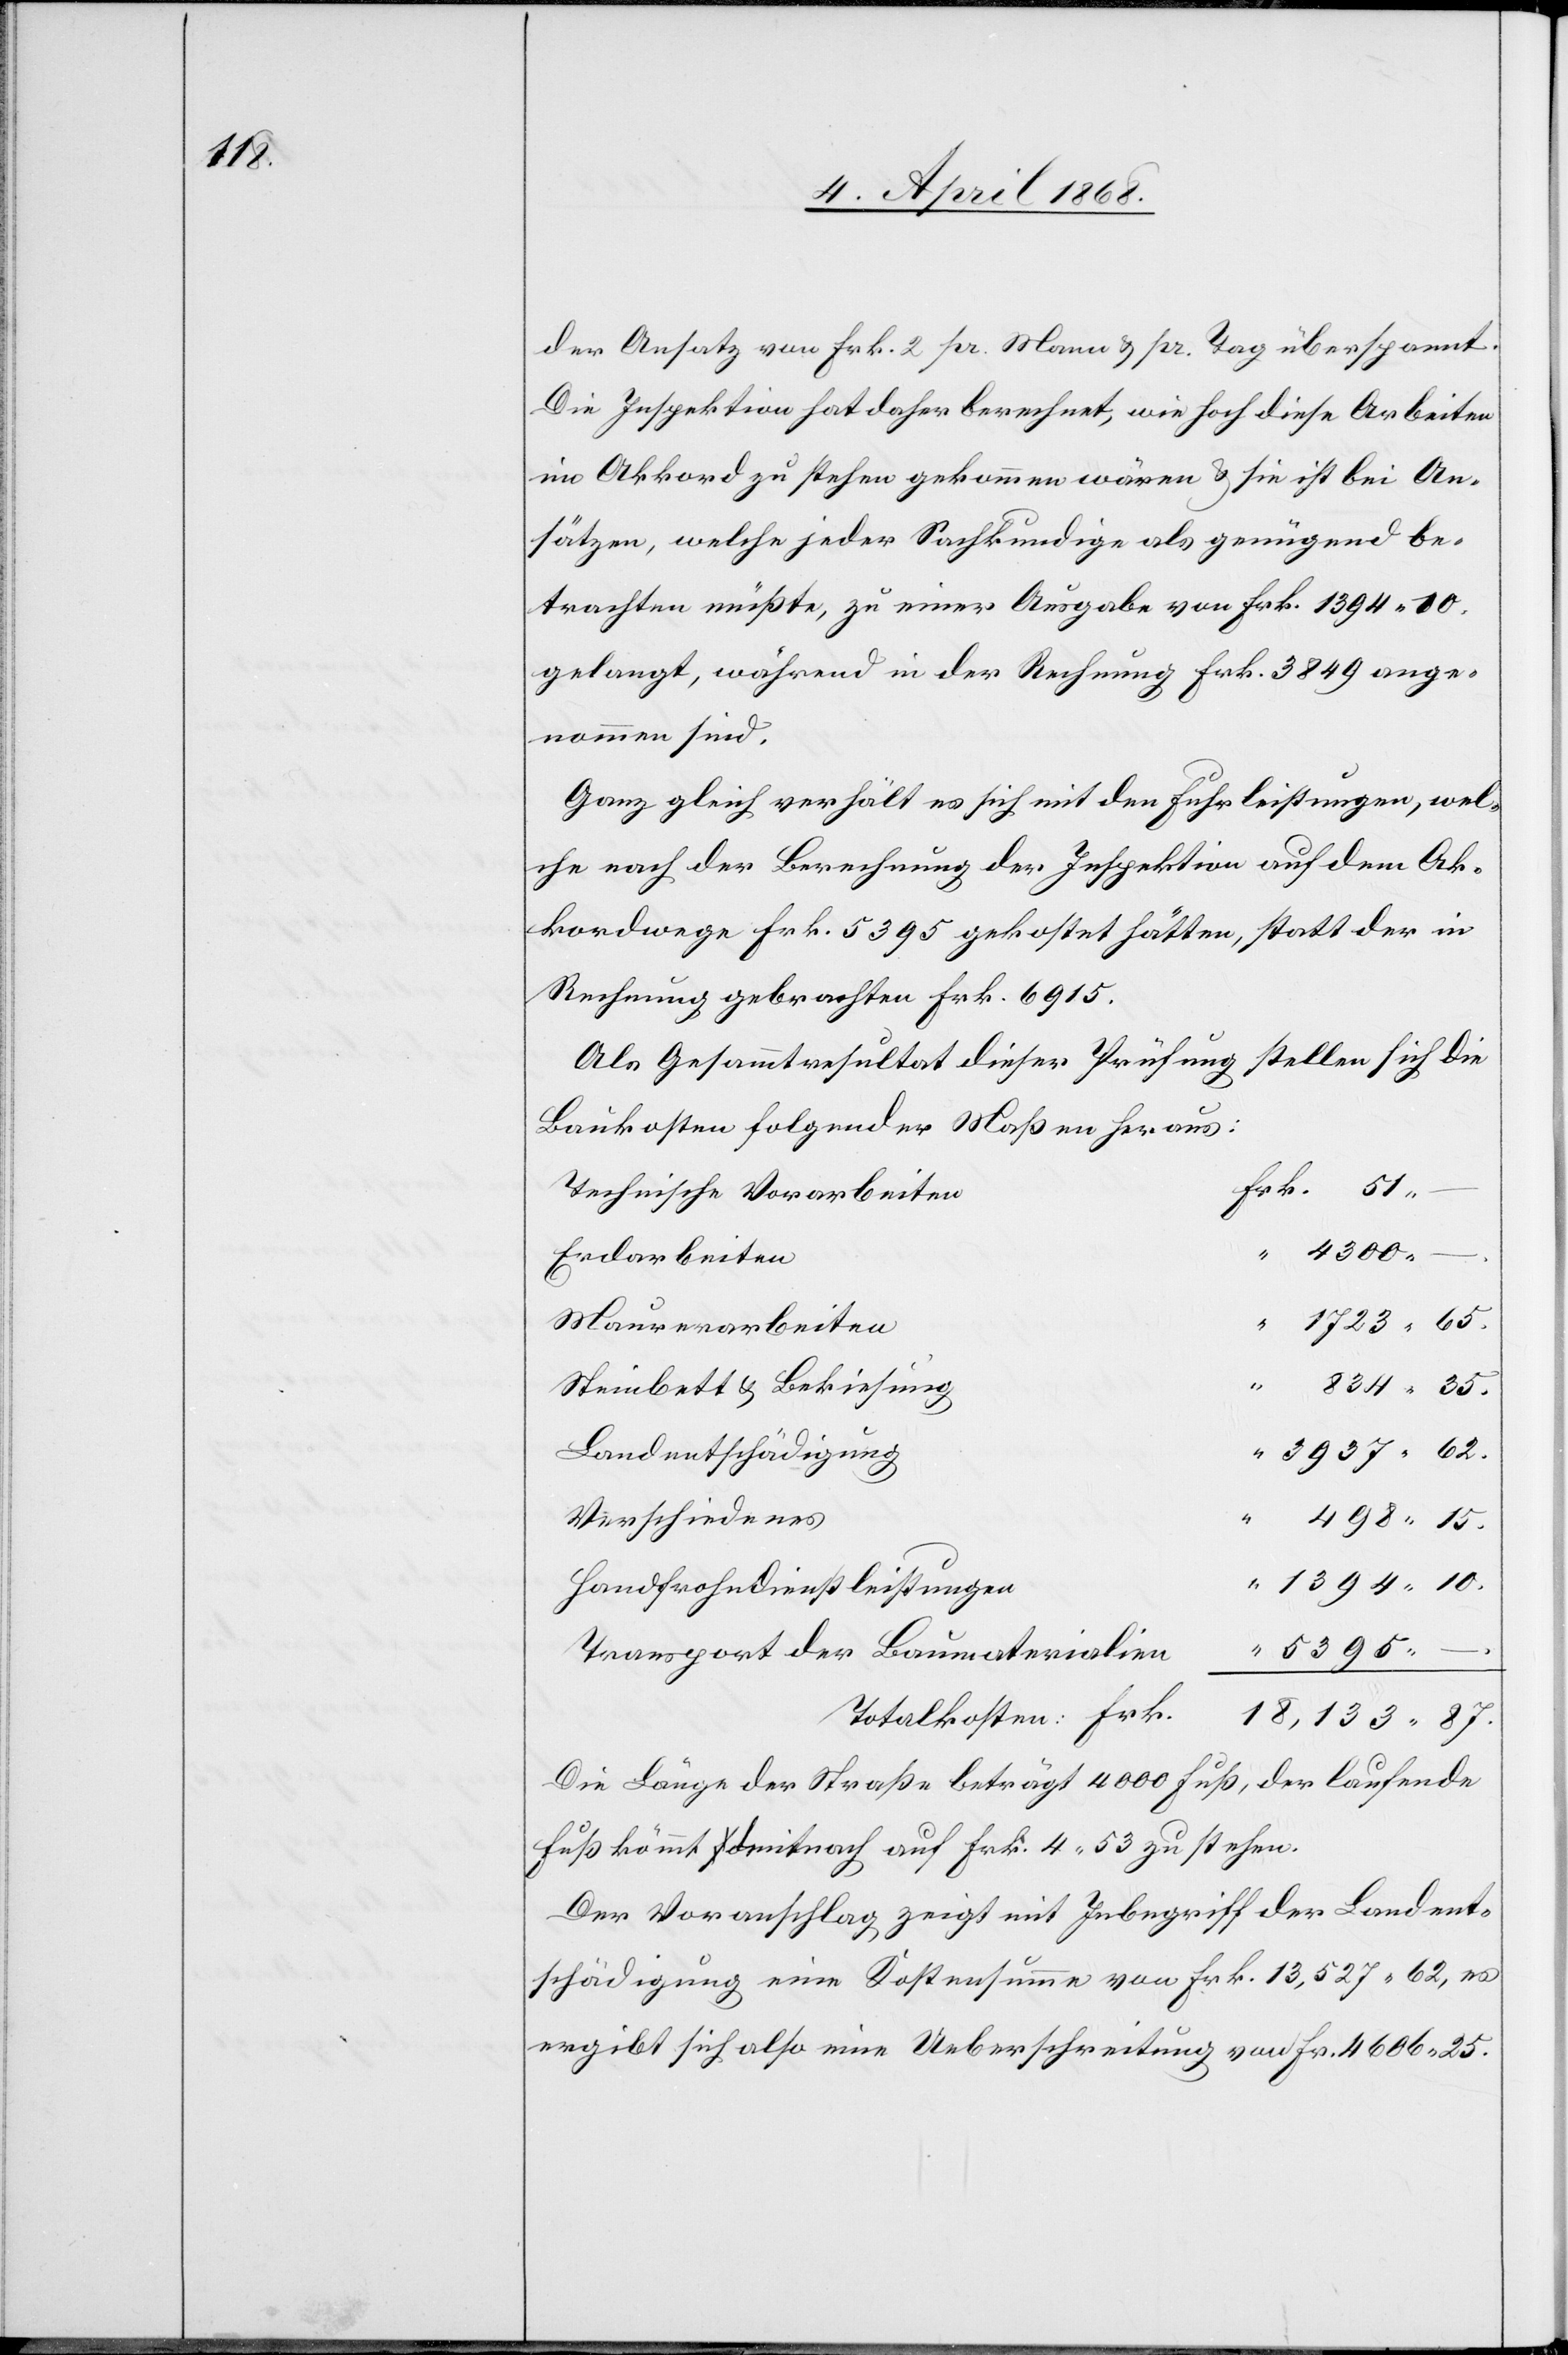
10.

der Ansatz von Frk. 2 pr. Mann & pr. Tag überspannt.
Die Inspektion hat daher berechnet, wie hoch diese Arbeiten
im Akkord zu stehen gekommen wären & sie ist bei An¬
sätzen, welche jeder Sachkundige als genügend be¬
trachten müßte, zu einer Ausgabe von Frk. 1394. 10.
gelangt, während in der Rechnung Frk. 3849 ange¬
nommen sind.
Ganz gleich verhält es sich mit den Fuhrleistungen, wel¬
che nach der Berechnung der Inspektion auf dem Ak¬
kordwege Frk. 5395 gekostet hätten, statt der in
Rechnung gebrachten Frk. 6915.
Als Gesammtresultat dieser Prüfung stellen sich die
Baukosten folgender Maßen heraus:
Frk. 51.
Technische Vorarbeiten
“ 4300. – .
Erdarbeiten
“
1723. 65.
Maurerarbeiten
834. 35.
Steinbett & Bekiesung
“ 3937. 62.
Landentschädigung
Verschiedenes
Handfrohndienstleistungen
5395.
Transport der Baumaterialien
18,133. 87.
Die Länge der Straße beträgt 4000 Fuß, der laufende
Fuß kömmt demnach auf Frk. 4. 53 zu stehen.
Der Voranschlag zeigt mit Inbegriff der Landent¬
schädigung eine Kostensumme von Frk. 13,527. 62, es
ergibt sich also eine Ueberschreitung von Fr. 4606. 25.

– .